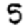
Digit: 5